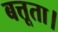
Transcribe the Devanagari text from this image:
बत्तूता।